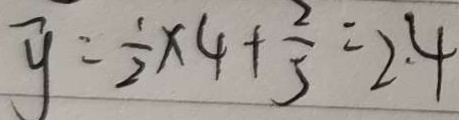
\overline { y } = \frac { 1 } { 2 } \times 4 + \frac { 2 } { 5 } = 2 . 4